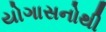
યોગાસનોથી